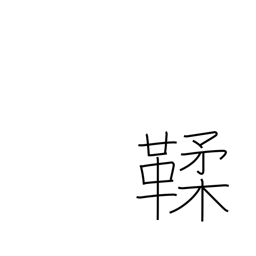
Meaning: tanned leather